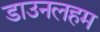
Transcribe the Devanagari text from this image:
डाउनलहम